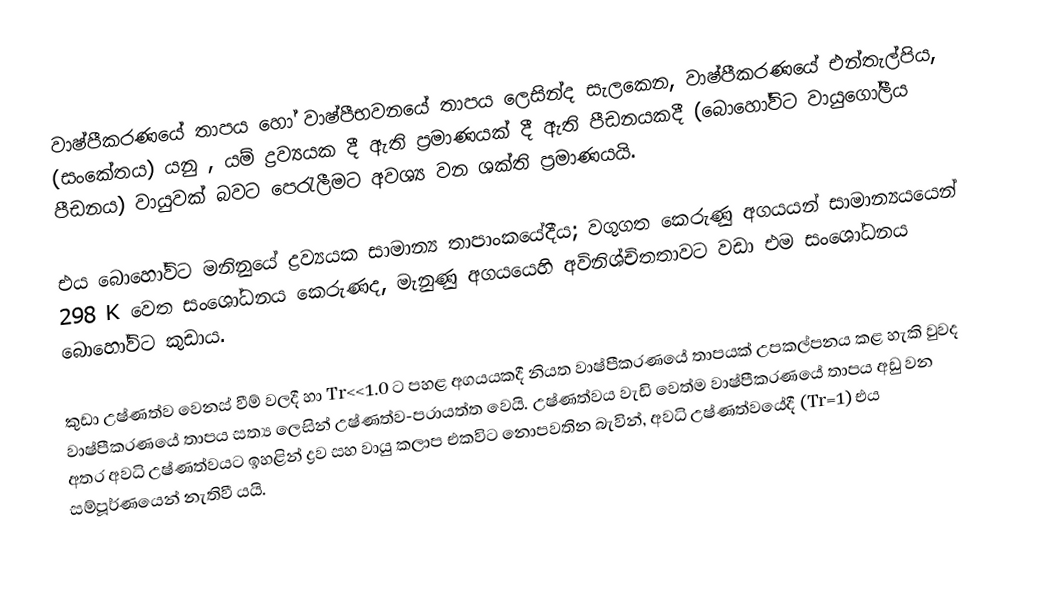
වාෂ්පීකරණයේ තාපය හෝ වාෂ්පීභවනයේ තාපය ලෙසින්ද සැලකෙන, වාෂ්පීකරණයේ එන්තැල්පිය, (සංකේතය) යනු  , යම් ද්‍රව්‍යයක දී ඇති ප්‍රමාණයක් දී ඇති පීඩනයකදී (බොහෝවිට වායුගෝලීය පීඩනය)  වායුවක් බවට පෙරැලීමට අවශ්‍ය වන ශක්ති ප්‍රමාණයයි.

එය බොහෝවිට මනිනුයේ ද්‍රව්‍යයක  සාමාන්‍ය තාපාංකයේදීය; වගුගත කෙරුණු අගයයන් සාමාන්‍යයයෙන් 298 K වෙත සංශෝධනය කෙරුණද, මැනුණු අගයයෙහි  අවිනිශ්චිතතාවට වඩා එම සංශෝධනය බොහෝවිට කුඩාය.

කුඩා උෂ්ණත්ව වෙනස් වීම් වලදී හා Tr<<1.0 ට පහළ අගයයකදී නියත වාෂ්පීකරණයේ තාපයක් උපකල්පනය කළ හැකි වුවද වාෂ්පීකරණයේ තාපය සත්‍ය ලෙසින් උෂ්ණත්ව-පරායත්ත වෙයි. උෂ්ණත්වය වැඩි වෙත්ම වාෂ්පීකරණයේ තාපය අඩු වන අතර  අවධි උෂ්ණත්වයට ඉහළින් ද්‍රව සහ වායු කලාප එකවිට නොපවතින බැවින්, අවධි උෂ්ණත්වයේදී  (Tr=1) එය සම්පූර්ණයෙන් නැතිවී යයි.